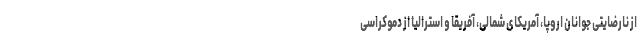
از نارضایتی جوانان اروپا، آمریکای شمالی، آفریقا و استرالیا از دموکراسی